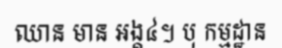
ឈាន មាន អង្គ៤។ បុ កម្មដ្ឋាន